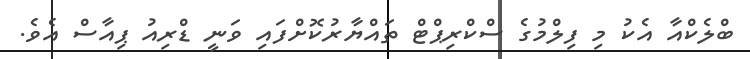
ބްލެކްއާ އެކު މި ފިލްމުގެ ސްކްރިޕްޓް ތައްޔާރުކޮށްފައި ވަނީ ޑްރިއު ޕިއާސް އެވެ.